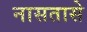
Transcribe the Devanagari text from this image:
नासतासे